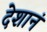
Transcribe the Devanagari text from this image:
देशानं